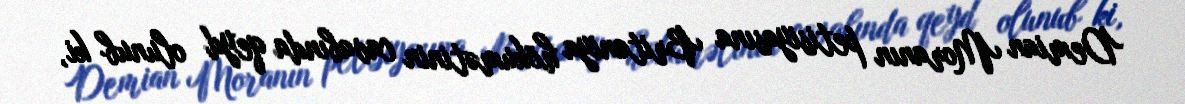
Demian Moranın petisiyasına Britaniya hökumətinin cavabında qeyd olunub ki,